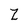
Character: Z